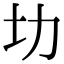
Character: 㘦